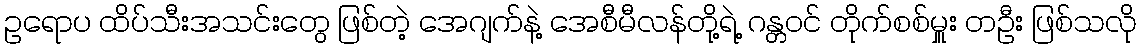
ဥရောပ ထိပ်သီးအသင်းတွေ ဖြစ်တဲ့ အေဂျက်နဲ့ အေစီမီလန်တို့ရဲ့ ဂန္တဝင် တိုက်စစ်မှူး တဦး ဖြစ်သလို